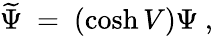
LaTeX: \widetilde\Psi\ =\ (\cosh V)\Psi\ ,